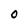
Character: 0